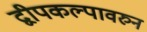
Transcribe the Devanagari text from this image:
द्वीपकल्पावरुन